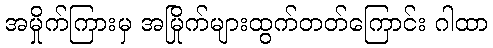
အမှိုက်ကြားမှ အမြိုက်များထွက်တတ်ကြောင်း ဂါထာ